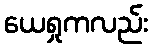
ယေရှုကလည်း